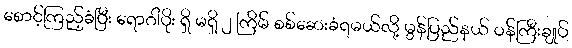
စောင့်ကြည့်ခံပြီး ရောဂါပိုး ရှိ မရှိ ၂ ကြိမ် စစ်ဆေးခံရမယ်လို့ မွန်ပြည်နယ် ဝန်ကြီးချုပ်